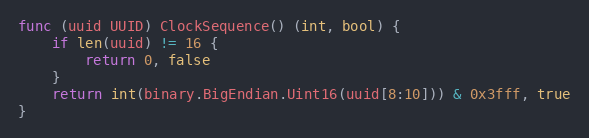
Language: Go
func (uuid UUID) ClockSequence() (int, bool) {
	if len(uuid) != 16 {
		return 0, false
	}
	return int(binary.BigEndian.Uint16(uuid[8:10])) & 0x3fff, true
}